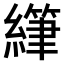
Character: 𫄂